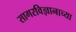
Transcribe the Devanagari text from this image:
सागरविज्ञानाच्या